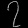
Digit: ၇